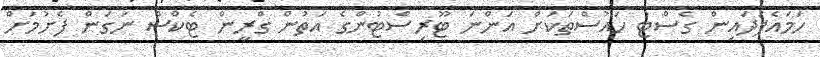
ހަމައެފަދައިން ގެސްޓު ހައުސްތަކަށް އަންނަ ޓޫރިސްޓުންގެ އަތުން ގްރީން ޓެކްސް ނަގަން ފެށުމަށް